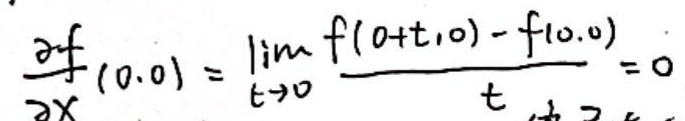
$\frac{\partial f}{\partial x}(0,0)=\lim_{t \to 0}\frac{f(0+t,0)-f(0,0)}{t}=0$